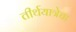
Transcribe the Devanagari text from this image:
तीर्थयात्रेचा